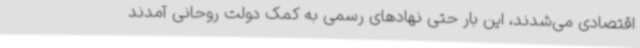
اقتصادی می‌شدند، این‌ بار حتی نهادهای رسمی به کمک دولت روحانی آمدند